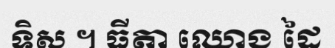
ទិស ។ ធីតា ឈោង ដៃ